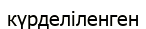
күрделіленген